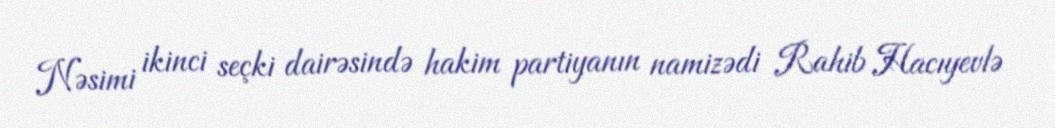
Nəsimi ikinci seçki dairəsində hakim partiyanın namizədi Rahib Hacıyevlə